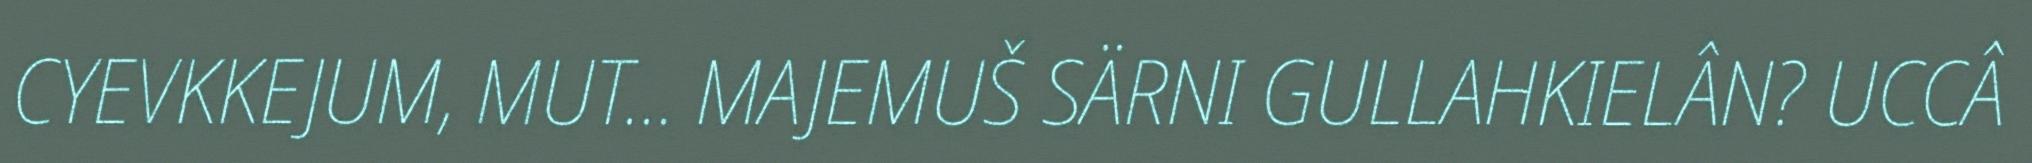
CYEVKKEJUM, MUT... MAJEMUŠ SÄRNI GULLAHKIELÂN? UCCÂ